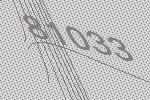
81033